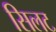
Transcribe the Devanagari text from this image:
सिलट